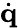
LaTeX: \dot{\mathbf{q}}